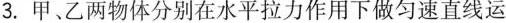
3.甲、乙两物体分别在水平拉力作用下做匀速直线运